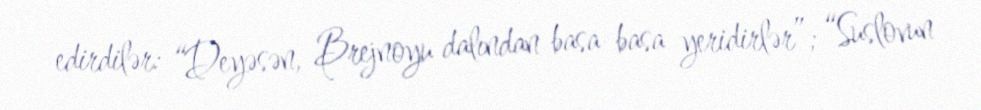
edirdilər: “Deyəsən, Brejnoyu dalından basa-basa yeridirlər”; “Suslovun